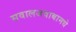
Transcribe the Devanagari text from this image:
सवालजवाबामधे